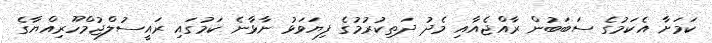
ކަމަށާ އެކަމުގެ ސަބަބުން ރާއްޖެއާއި މެދު ދަތިކުރުމުގެ ފިޔަވަޅު ނާޅާނެ ކަމުގައި ރައީސުލްޖުމްހޫރިއްޔާގެ